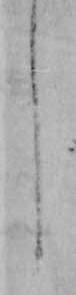
し